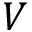
V